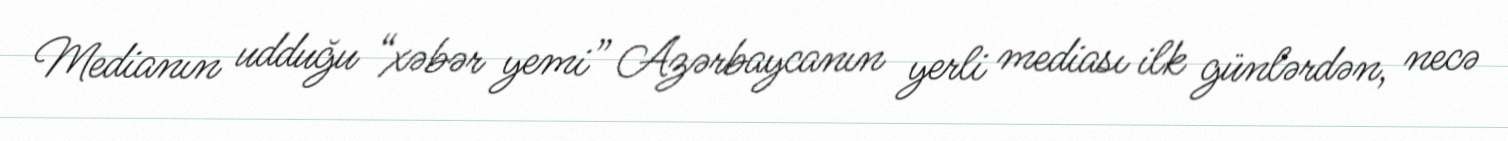
Medianın udduğu “xəbər yemi” Azərbaycanın yerli mediası ilk günlərdən, necə